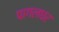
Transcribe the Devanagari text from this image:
पागलघर